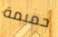
حميمة